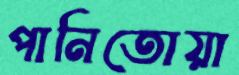
পানিতোয়া